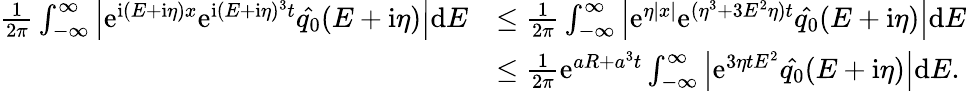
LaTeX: \begin{array}{rl}{\frac{1}{2\pi}\int_{-\infty}^{\infty}\left|\mathrm e^{\mathrm i(E+\mathrm i\eta)x}\mathrm e^{\mathrm i(E+\mathrm i\eta)^{3}t}\hat{q_{0}}(E+\mathrm i\eta)\right|\mathrm dE}&{\leq\frac{1}{2\pi}\int_{-\infty}^{\infty}\left|\mathrm e^{\eta|x|}\mathrm e^{(\eta^{3}+3E^{2}\eta)t}\hat{q_{0}}(E+\mathrm i\eta)\right|\mathrm dE}\\ &{\leq\frac{1}{2\pi}\mathrm e^{aR+a^{3}t}\int_{-\infty}^{\infty}\left|\mathrm e^{3\eta tE^{2}}\hat{q_{0}}(E+\mathrm i\eta)\right|\mathrm dE.}\end{array}